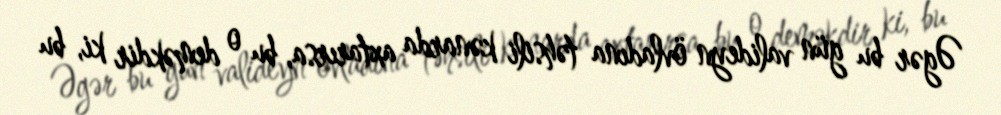
Əgər bu gün valideyn övladına təhsili kənarda axtarırsa, bu o deməkdir ki, bu